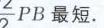
\(_{2}PB\)最短.